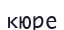
кюре